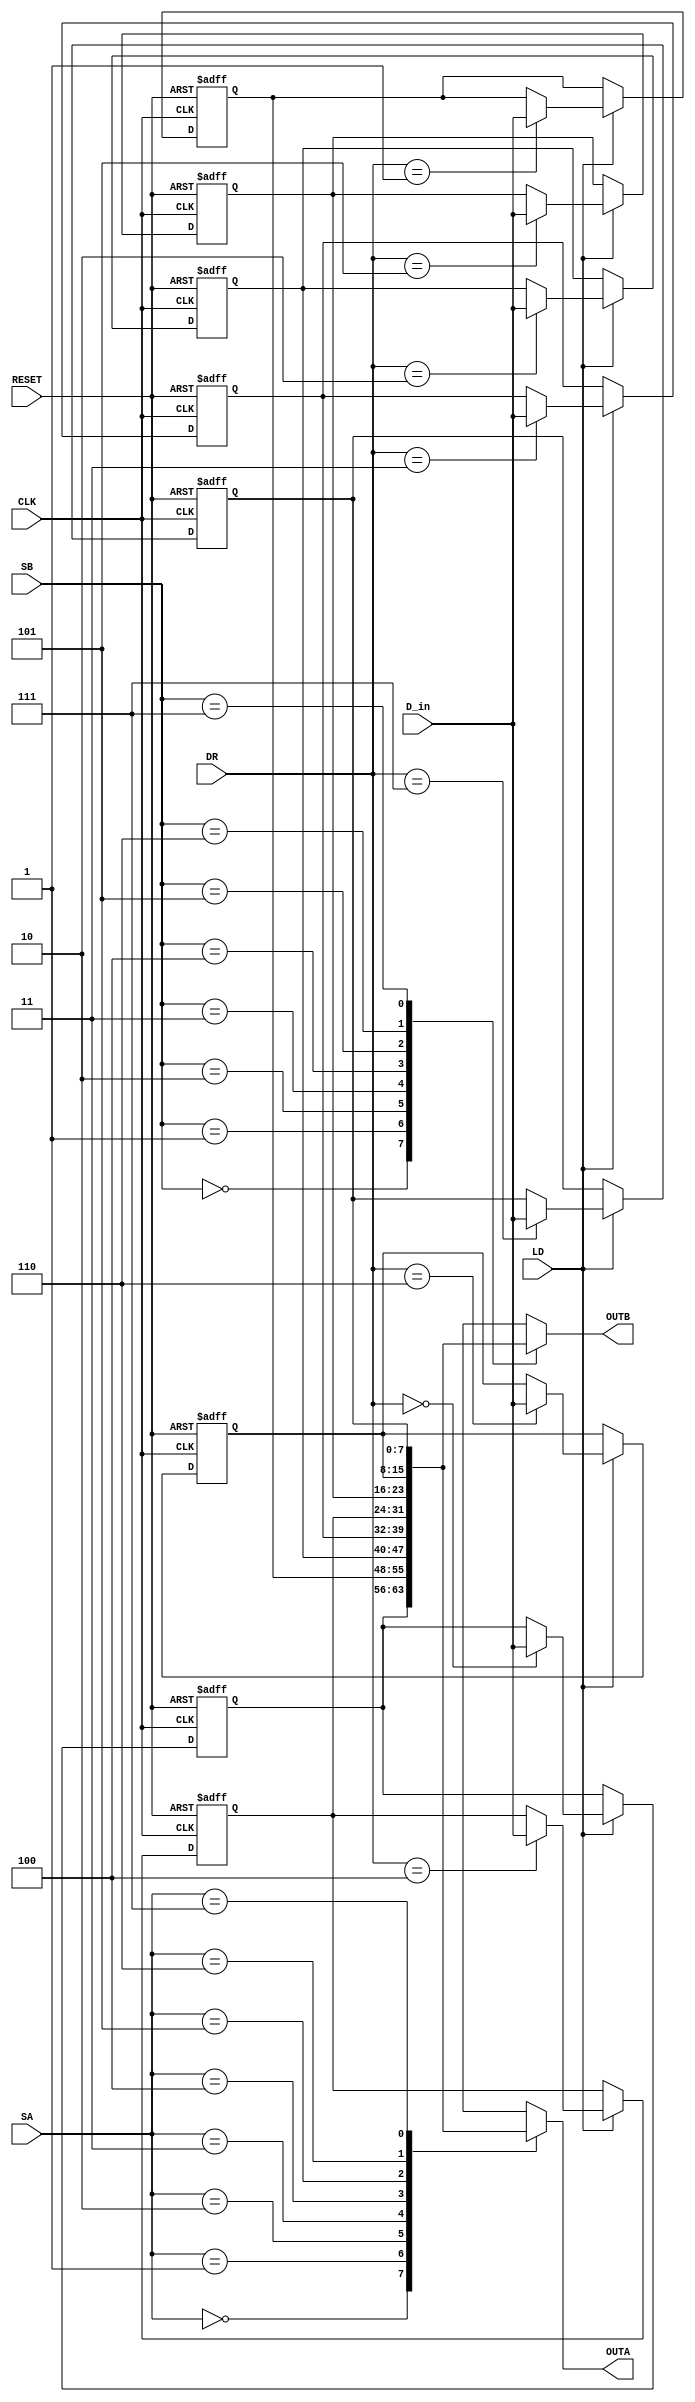
module register(CLK, RESET, SA, SB, LD, DR, D_in, OUTA, OUTB);

  input        CLK, LD, RESET;
  input  [7:0] D_in;
  input 	[2:0] SA, SB, DR;
  
  output reg[7:0] OUTA;
  output reg[7:0] OUTB;
  
  reg    [7:0] R0, R1, R2, R3, R4, R5, R6, R7;
  
  always @(*) begin
	case(SA)
		3'b000: OUTA = R0;
		3'b001: OUTA = R1;
		3'b010: OUTA = R2;
		3'b011: OUTA = R3;
		3'b100: OUTA = R4;
		3'b101: OUTA = R5;
		3'b110: OUTA = R6;
		3'b111: OUTA = R7;
		//default: OUTA = 0;
	endcase
	
	case(SB)
		3'b000: OUTB = R0;
		3'b001: OUTB = R1;
		3'b010: OUTB = R2;
		3'b011: OUTB = R3;
		3'b100: OUTB = R4;
		3'b101: OUTB = R5;
		3'b110: OUTB = R6;
		3'b111: OUTB = R7;
		//default: OUTB = 0;
	endcase
  end
  
  always @(posedge CLK, posedge RESET) begin
		if(RESET == 1) begin
			R0 <= 0;
			R1 <= 0;
			R2 <= 0;
			R3 <= 0;
			R4 <= 0;
			R5 <= 0;
			R6 <= 0;
			R7 <= 0;
		end
		else if (LD) begin
			case(DR)
				3'b000: R0 <= D_in;
				3'b001: R1 <= D_in;
				3'b010: R2 <= D_in;
				3'b011: R3 <= D_in;
				3'b100: R4 <= D_in;
				3'b101: R5 <= D_in;
				3'b110: R6 <= D_in;
				3'b111: R7 <= D_in;
			endcase
		end
		else begin
			R0 <= R0;
			R1 <= R1;
			R2 <= R2;
			R3 <= R3;
			R4 <= R4;
			R5 <= R5;
			R6 <= R6;
			R7 <= R7;
		end
			
  end
 endmodule